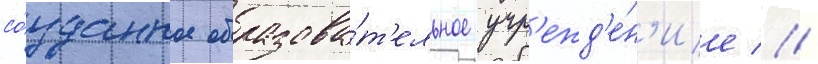
со́зданное образова́т'ельное учр'ежд'е́н'ие //